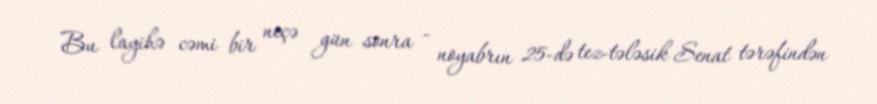
Bu layihə cəmi bir neçə gün sonra - noyabrın 25-də tez-tələsik Senat tərəfindən